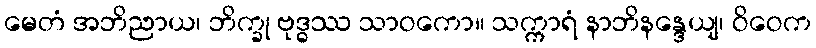
မေတံ အဘိညာယ၊ ဘိက္ခု ဗုဒ္ဓဿ သာဝကော။ သက္ကာရံ နာဘိနန္ဒေယျ၊ ဝိဝေက